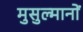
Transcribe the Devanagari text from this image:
मुसुल्मानों